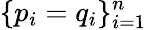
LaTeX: \{ p_{i}=q_{i}\} _{i=1}^{n}